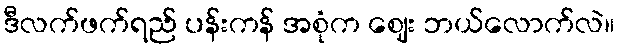
ဒီလက်ဖက်ရည် ပန်းကန် အစုံက ဈေး ဘယ်လောက်လဲ။